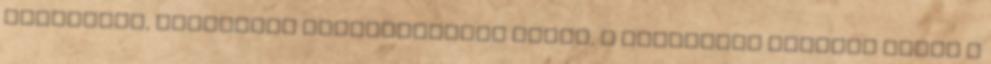
háziorvos, kombinált gyermekoltást adnak, a fogorvosi ellátás pedig a